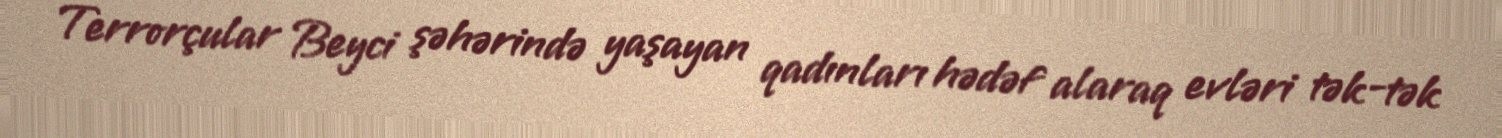
Terrorçular Beyci şəhərində yaşayan qadınları hədəf alaraq evləri tək-tək